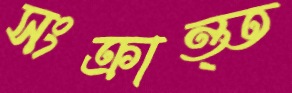
সংক্রান্ত্ত